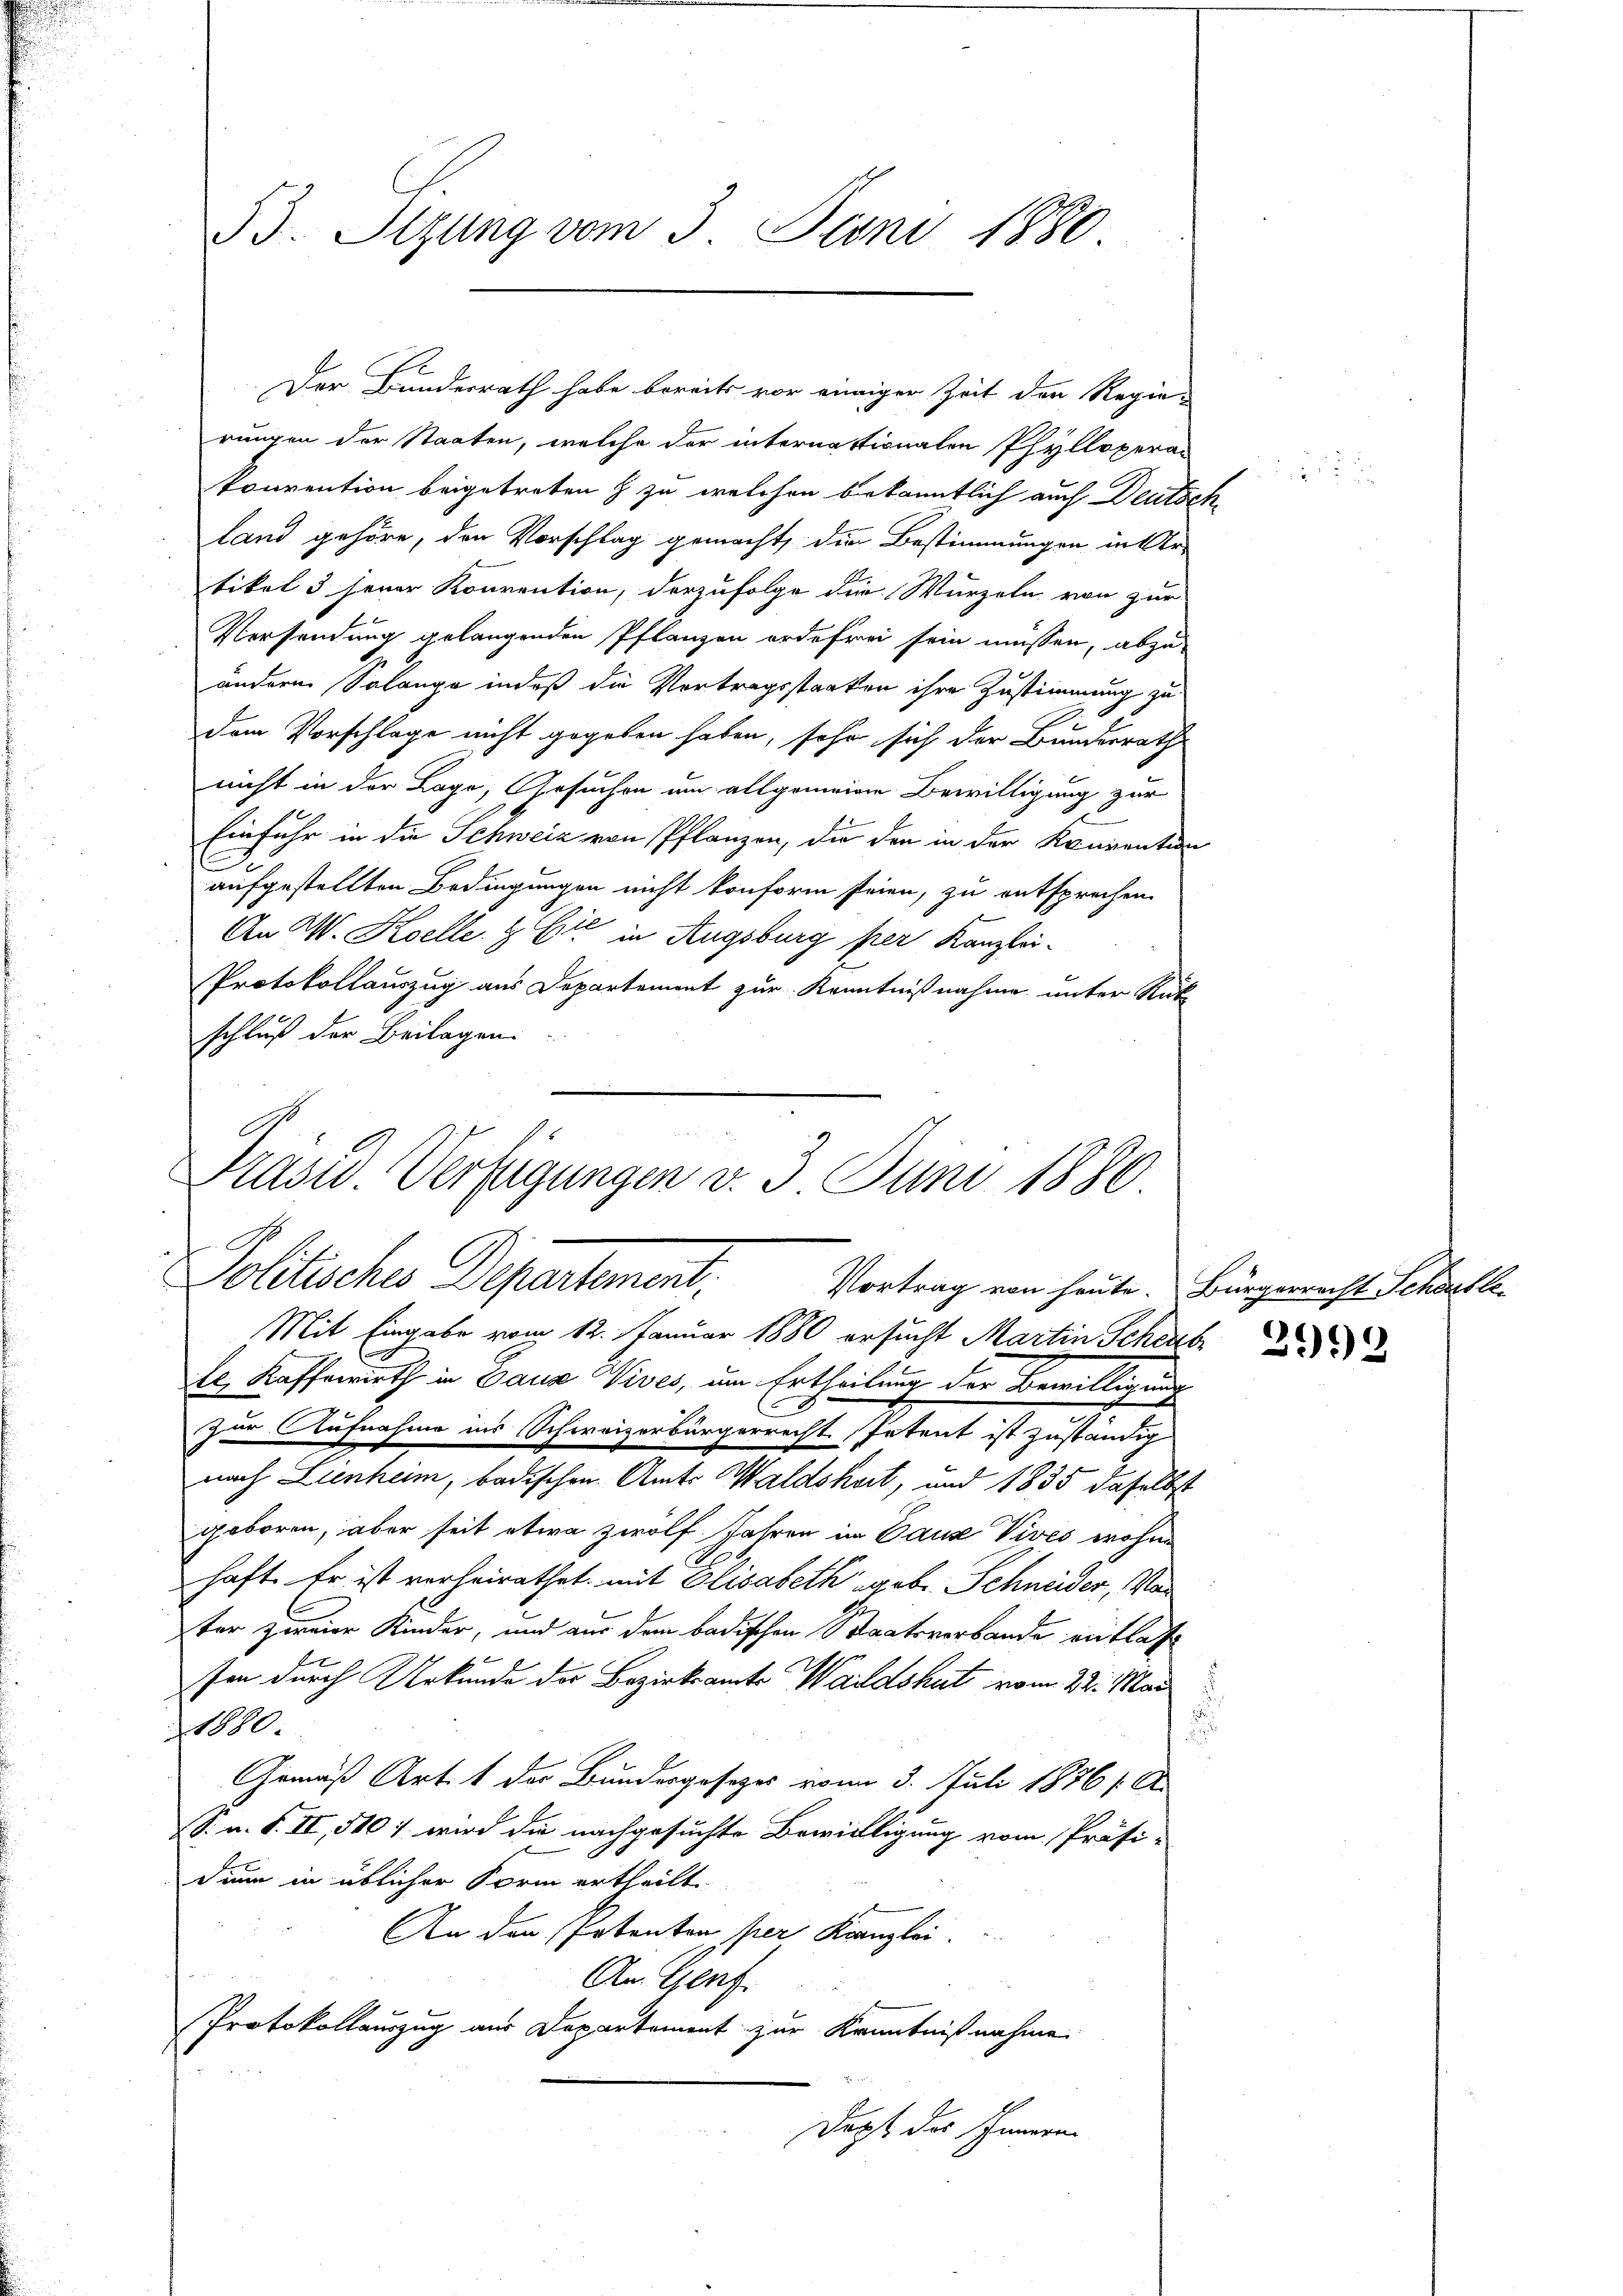
Der Bunderrath habe bereits vor einiger Zeit den Regie-
rungen der Staaten, welche der internationalen Phylloperan
konvention beigetreten & zu welchen bekanntlich auch Deutsch
land gehöre, den Vorschlag gemacht, die Bestimmungen in Ur-
tikel 3 jener Konvention, derzufolge die Wurzeln von zur
Versendung gelangenden Pflanzen ordefrei sein müssen, abzu-
andere Solange indeß die Vortragsstaaten ihre Zustimmung zu
dem Vorschlage nicht gegeben haben, sehr sich der Bundesrath
nicht in der Lage, Gesuchen um allgemeine Bewilligung zur
Einfuhr in die Schweiz von Pflanzen, die den in der Konventen
e
aufgestellten Bedingungen nicht konform seien, zu entsprechen.
An W. Koelle 4 Eite in Augsburg per Kanzlei¬
Protokollauszug aus Departemont zur Kenntnißnahme unter Rück
schluß der Beilagen.

Präsid. Verfügungen v. 3. Juni 1880.
Politisches Departement. Vortrag von heute. Bürgericht Schan

53. Sizung vom 3. Juni 1880.

Mit Eingabe vom 12. Januar 1880 ersucht Martin Scheube
le Kaffewirth in Gaus Vives, um Ertheilung der Bewilligung
x
Zur Aufnahme ins Schweizerbürgerrecht Petent ist zuständig
nach Lienheim, badischen Amts Waldskart, und 1835 daselbst
geboren, aber seit etwa zwölf Jahren in Daus Vives wohne
haft. Er ist verheirathet, mit Elisabeth geb. Schneider, Van
ter zweier Kinder, und aus dem badischen Staatsverbande entlasse
sen durch Urkunde der Bezirksamte Waldshut vom 22. Mai
1880.
Gemäß Art. 1 der Bundergesezes vom 3. Juli 1876 f. A.
S. u. S. II, 510 1 wird die nachgesuchte Bewilligung vom Präsi-
dium in üblicher Form ertheilt.
An den Patenten per Kanzlei
An. Genf.
Protokollauszug aus Departement zur Kenntnißnahme
Dopf des Schmern

2099

.